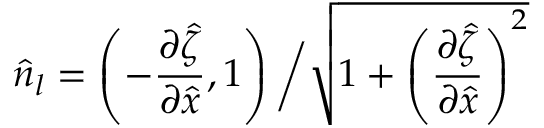
\hat { n } _ { l } = \left( - \frac { \partial \hat { \zeta } } { \partial \hat { x } } , 1 \right) \bigg / \sqrt { 1 + \left( \frac { \partial \hat { \zeta } } { \partial \hat { x } } \right) ^ { 2 } }